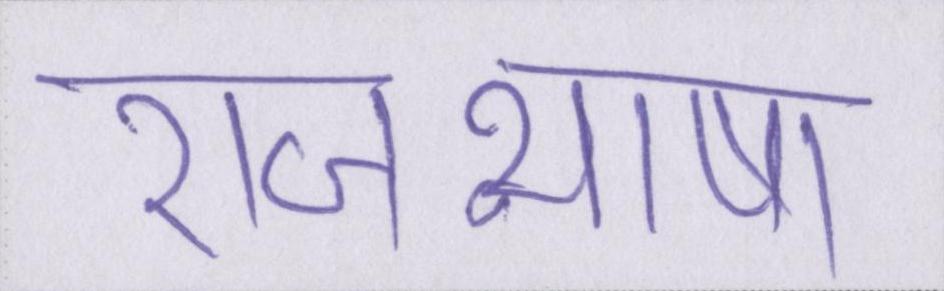
राजभाषा